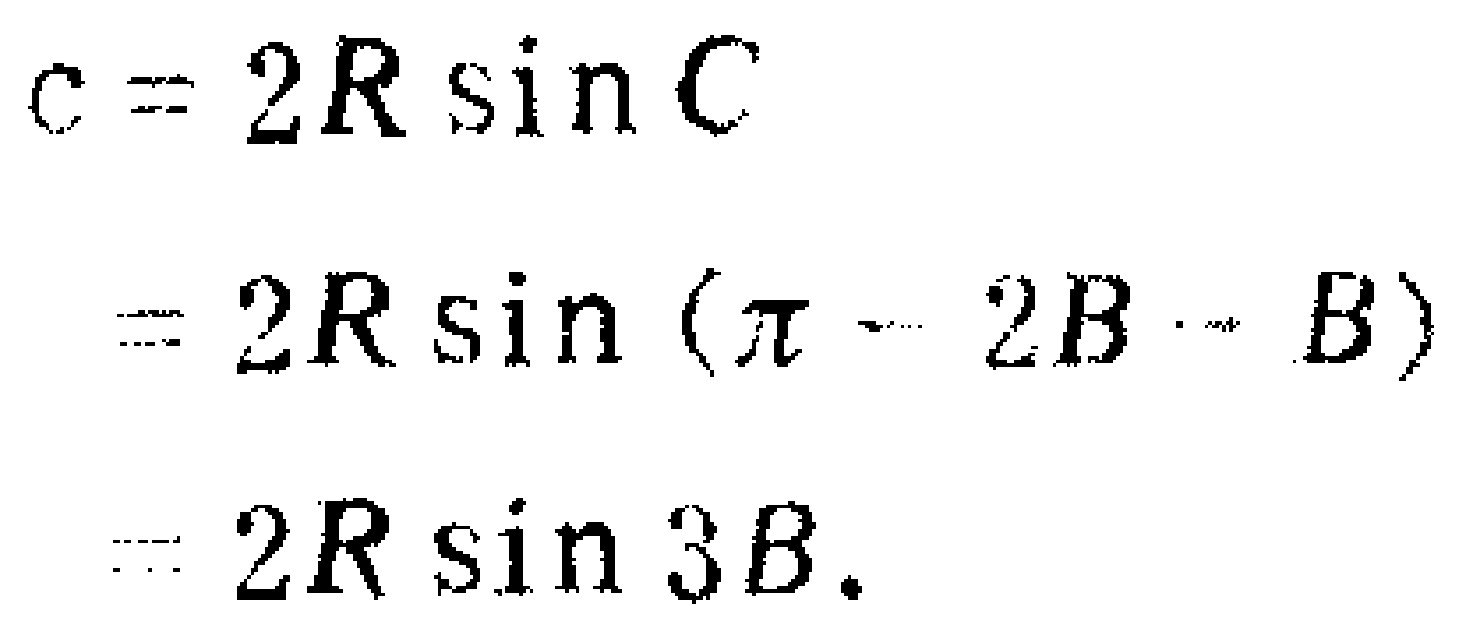
\[
\begin{align*}
c&=2R\sin C\\
&=2R\sin(\pi - 2B - B)\\
&=2R\sin 3B.
\end{align*}
\]